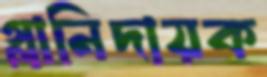
গ্লানিদায়ক